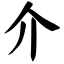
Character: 介